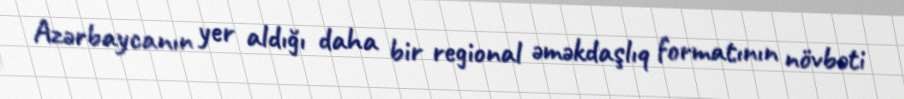
Azərbaycanın yer aldığı daha bir regional əməkdaşlıq formatının növbəti